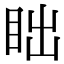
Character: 𬑎